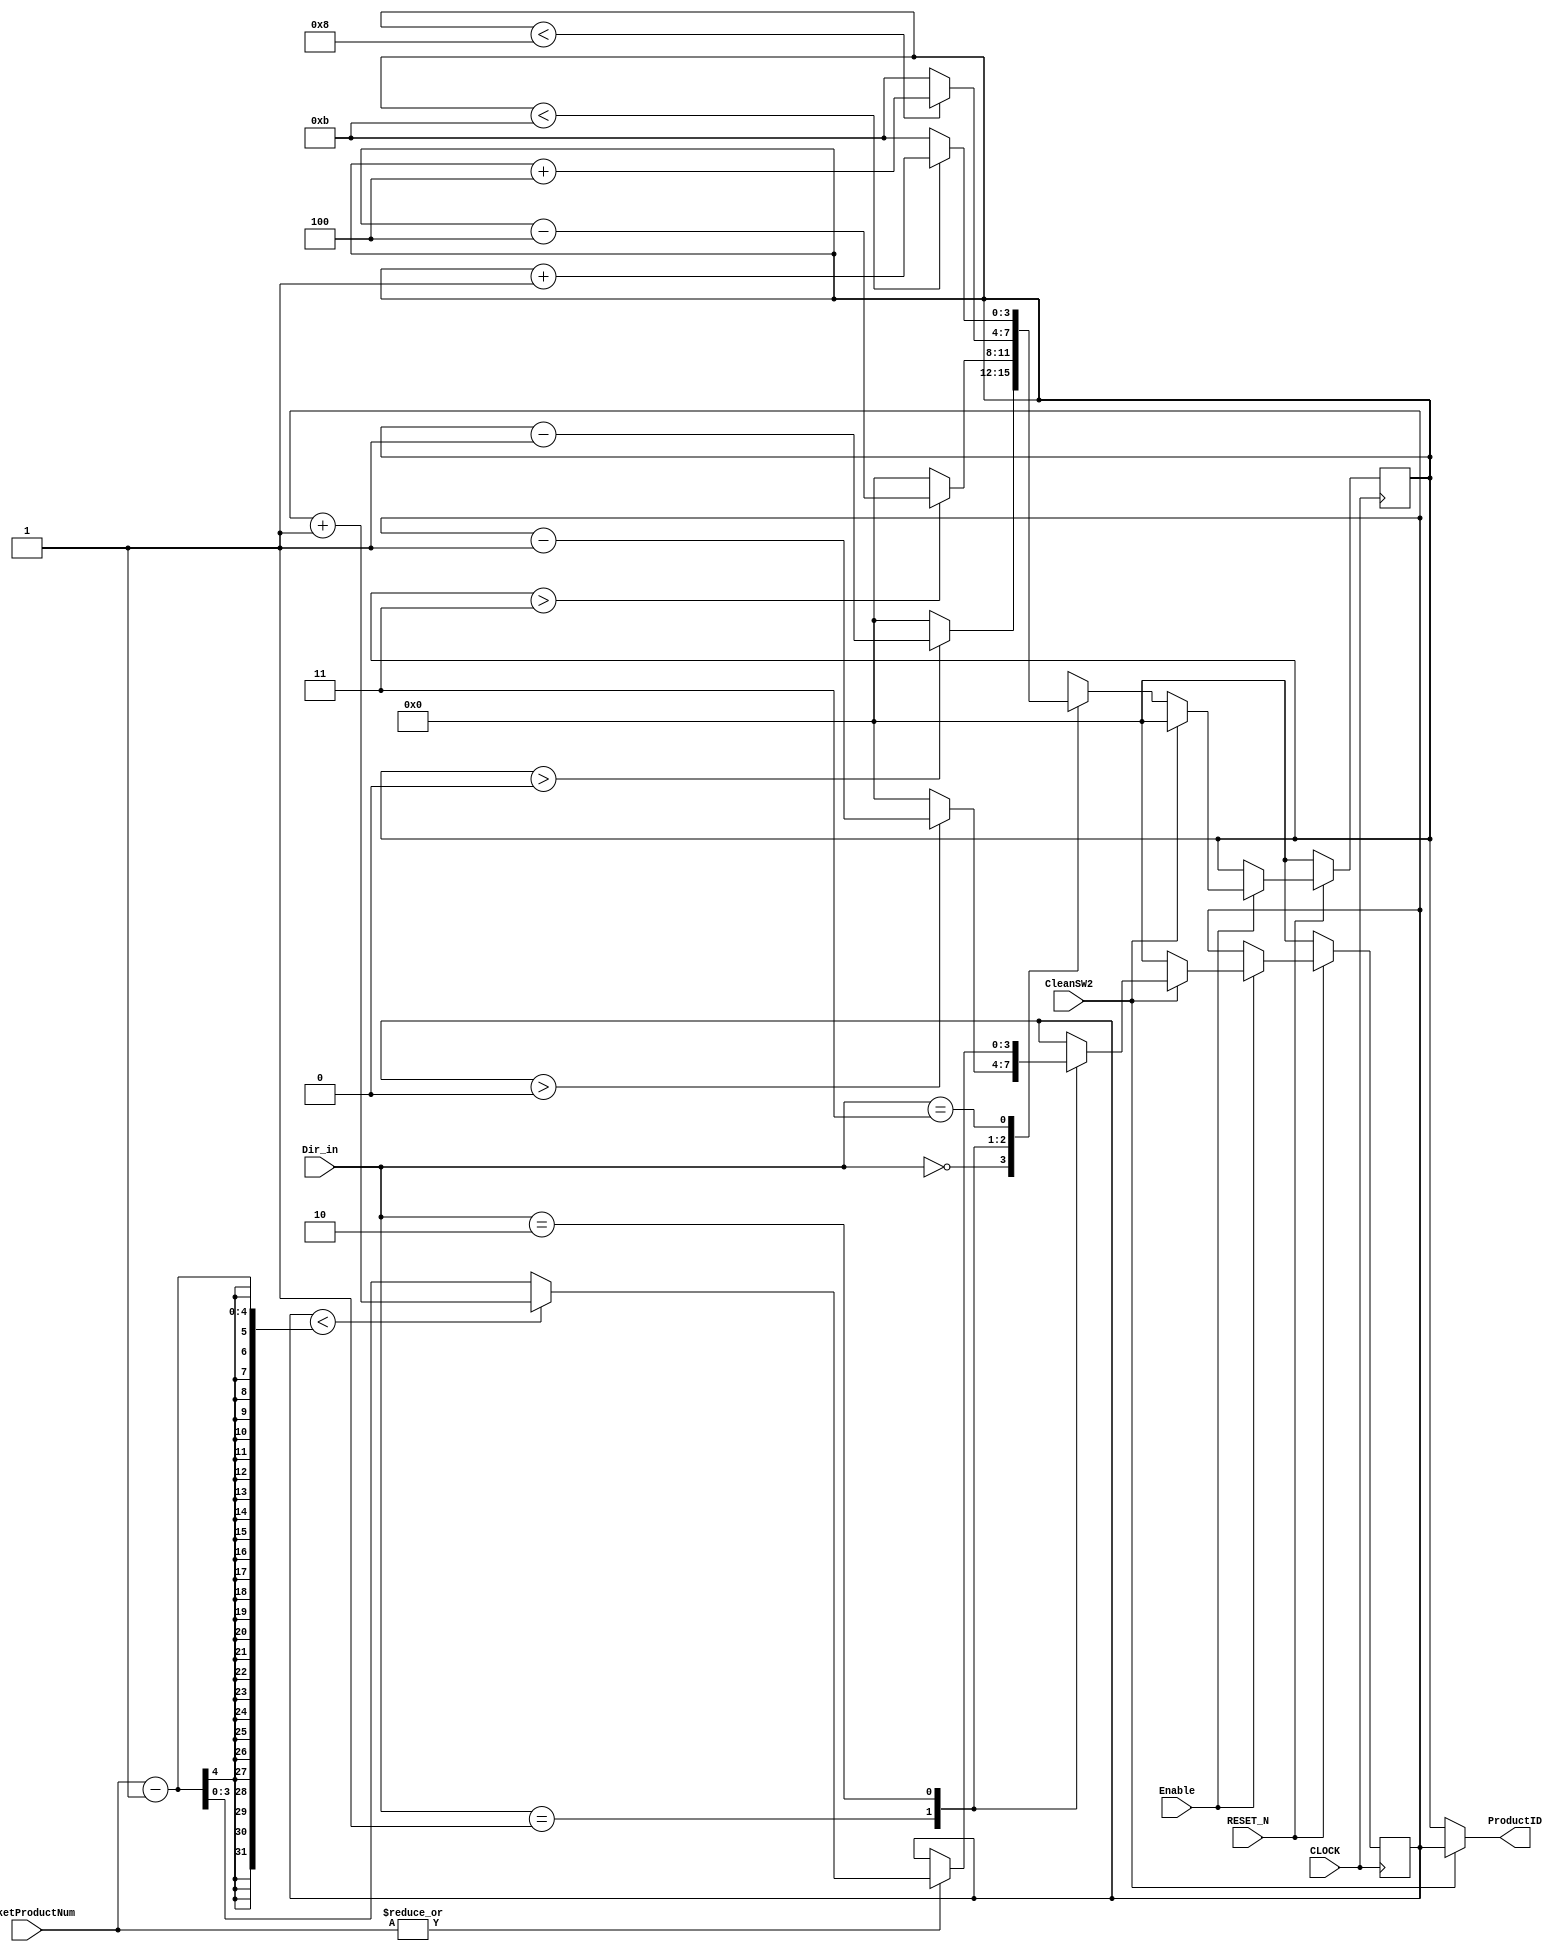
/*
 *		Module		:	Direction-to-ProductID Helper Module
 * 	Description	: 	Provides Current ProductID according to Direction input
 *							for InteractiveController
 *		Inputs		: 	Dir_in		=> Direction Input extracted by StateMachine
 *						:	CLOCK 		=> CLK for negedge
 * 					:	RESET_N 		=> Active Low Reset
 *						:	Enable		=> Active High Enable
 *
 *		Outputs		: 	ProductID	=> Current ProductID selected
 *		Owner			: 	Ataberk KL
 */
module Direction2ProductID(
	input wire RESET_N,
	input wire Enable,
	input wire CLOCK,
	input wire CleanSW2,
	input wire [3:0] BasketProductNum,
	input wire [1:0] Dir_in,
	
	output wire [3:0] ProductID
);

// Dir_in	: (<- ^ v ->) (00 01 10 11) 

reg[3:0] ImgID;
reg[3:0] BasketID;

initial
	begin
		ImgID = 0; 	// Start from most-left-up product
		BasketID = 0;
	end
	
// Negative Edge Triggered Sequential Circuit
always @ (negedge CLOCK)
	if(!RESET_N)
		begin
			ImgID <= 0; 
			BasketID <= 0;
		end
	else
		if(Enable)
			if(!CleanSW2)
				begin
					BasketID <= 0;
					case(Dir_in)
						2'b00	 : if(ImgID > 0 ) ImgID <= ImgID - 4'd1; else ImgID <= 4'b0000;
						2'b01	 : if(ImgID > 3 ) ImgID <= ImgID - 4'd4; else ImgID <= 4'b0000;
						2'b10	 : if(ImgID < 8 ) ImgID <= ImgID + 4'd4; else ImgID <= 4'd11;
						2'b11	 : if(ImgID < 11) ImgID <= ImgID + 4'd1; else ImgID <= 4'd11;
					endcase
				end
			else
				begin
					ImgID <= 0;
					case(Dir_in)
						2'b01	 : if(BasketID > 0  ) BasketID <= BasketID - 4'd1; else BasketID <= 4'b0000;
						2'b10	 : if(|BasketProductNum)
										if(BasketID < BasketProductNum-1 ) BasketID <= BasketID + 4'd1; 
										else BasketID <= BasketProductNum-1;
									
					endcase
				end
				
assign ProductID = (CleanSW2) ? BasketID:ImgID;

endmodule